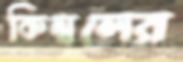
কিম্বলের